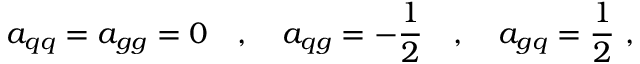
a _ { q q } = a _ { g g } = 0 \quad , \quad a _ { q g } = - \frac { 1 } { 2 } \quad , \quad a _ { g q } = \frac { 1 } { 2 } ~ ,